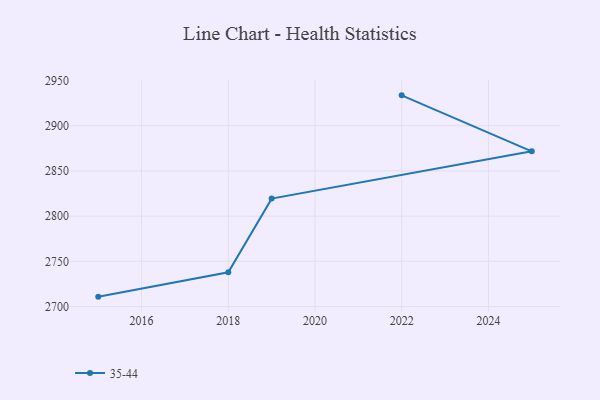
{"axis": {"x": "Year", "y": "Inventory Turnover"}, "legend": ["35-44"], "data": [{"x": "2022", "y": 2933.6, "type": "35-44"}, {"x": "2025", "y": 2871.7, "type": "35-44"}, {"x": "2019", "y": 2819.4, "type": "35-44"}, {"x": "2018", "y": 2738.0, "type": "35-44"}, {"x": "2015", "y": 2711.0, "type": "35-44"}]}